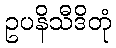
ဥပနိသီဒိတုံ